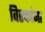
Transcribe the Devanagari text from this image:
विरक्तांना